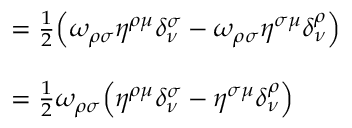
\begin{array} { r l } { \phantom { \omega _ { \rho \sigma } \eta ^ { \rho \mu } \delta _ { \nu } ^ { \sigma } } } & { = \frac { 1 } { 2 } \Big ( \omega _ { \rho \sigma } \eta ^ { \rho \mu } \delta _ { \nu } ^ { \sigma } - \omega _ { \rho \sigma } \eta ^ { \sigma \mu } \delta _ { \nu } ^ { \rho } \Big ) } \\ & { } \\ & { = \frac { 1 } { 2 } \omega _ { \rho \sigma } \Big ( \eta ^ { \rho \mu } \delta _ { \nu } ^ { \sigma } - \eta ^ { \sigma \mu } \delta _ { \nu } ^ { \rho } \Big ) } \end{array}